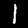
Label: 1